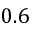
0 . 6